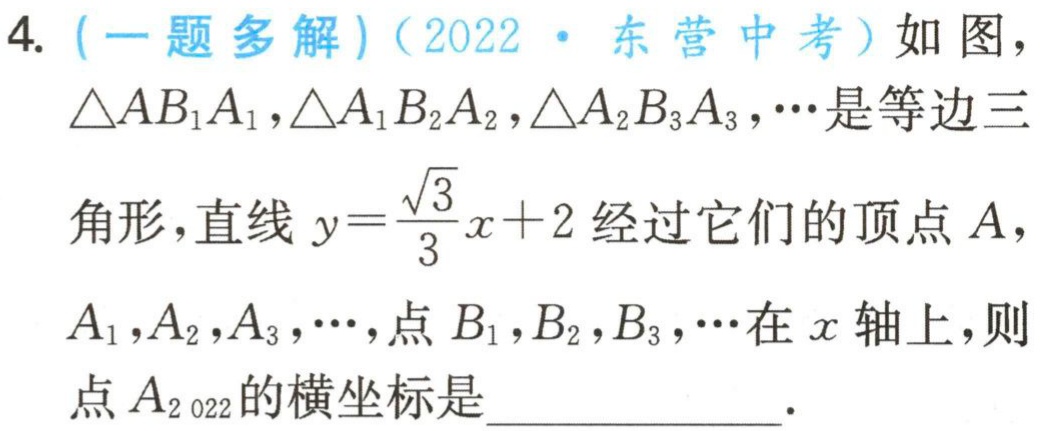
4. (一题多解)(2022·东营中考)如图，$\triangle AB_{1}A_{1},\triangle A_{1}B_{2}A_{2},\triangle A_{2}B_{3}A_{3},\cdots$是等边三角形，直线$y = \frac{\sqrt{3}}{3}x + 2$经过它们的顶点$A,A_{1},A_{2},A_{3},\cdots$，点$B_{1},B_{2},B_{3},\cdots$在$x$轴上，则点$A_{2 022}$的横坐标是___.